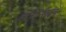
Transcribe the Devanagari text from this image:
लॅचेनाल